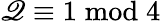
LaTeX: \mathscr{Q}\equiv1{\bmod{4}}